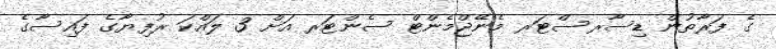
ގެ ފަރާތުން ޑިސާރސްޓަރ މެނޭޖްމެންޓް ސެންޓަރ އަށް 3 ލައްކަ ރުފިޔާގެ ފައިސާގެ